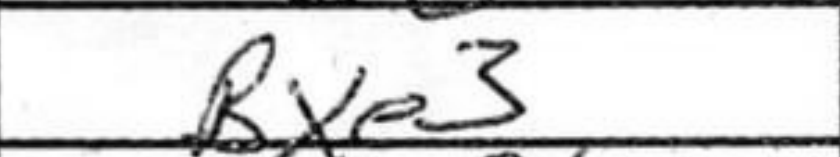
Transcription: Bxe3